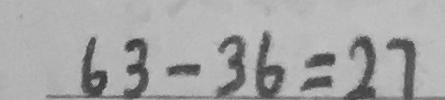
6 3 - 3 6 = 2 7